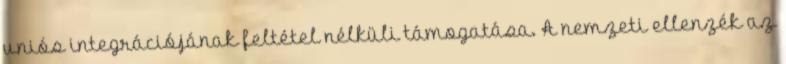
uniós integrációjának feltétel nélküli támogatása. A nemzeti ellenzék az